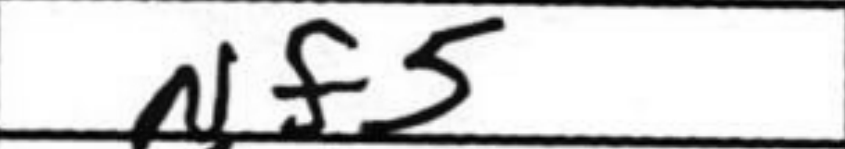
Transcription: Nf5